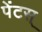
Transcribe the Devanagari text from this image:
पेंटस्